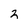
Character: 2